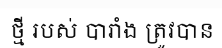
ថ្មី របស់ បារាំង ត្រូវបាន